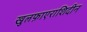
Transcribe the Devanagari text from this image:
खुलफ़ाएराशिदीन